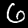
Label: 6